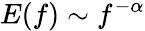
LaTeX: E(f)\sim f^{-\alpha}